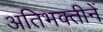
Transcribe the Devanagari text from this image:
अतिभक्तीनें